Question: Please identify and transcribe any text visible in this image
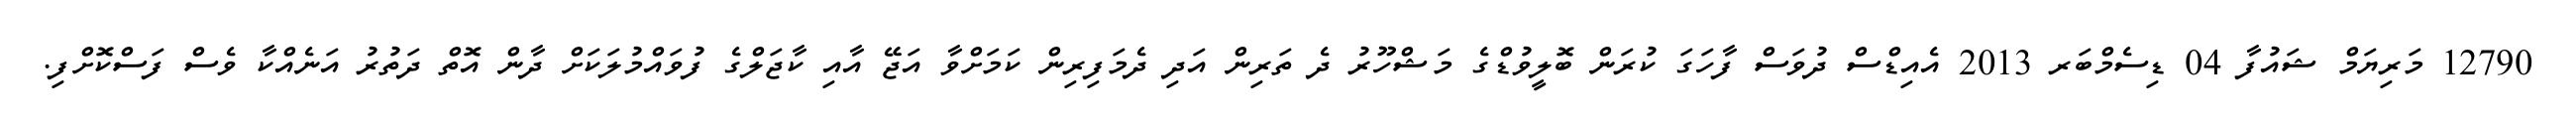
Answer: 12790 މަރިޔަމް ޝައުފާ 04 ޑިސެމްބަރ 2013 އެއިޑްސް ދުވަސް ފާހަގަ ކުރަން ބޮލީވުޑްގެ މަޝްހޫރު ދެ ތަރިން އަދި ދެމަފިރިން ކަމަށްވާ އަޖޭ އާއި ކާޖަލްގެ ފުވައްމުލަކަށް ދާން އޮތް ދަތުރު އަނެއްކާ ވެސް ފަސްކޮށްފި.